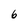
Character: 6